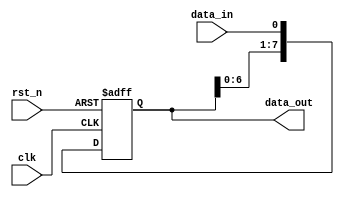
`timescale 1ns / 1ps
module param_shift_reg(clk, rst_n, data_in, data_out);
parameter width = 8;
input clk, rst_n;
input data_in;  //serial loading
output reg [width-1:0] data_out;
always @(posedge clk, negedge rst_n) begin
  if(!rst_n) begin
    data_out <= 0;  
  end else begin
    data_out <= {data_out[width-2:0], data_in};
  end
end
endmodule